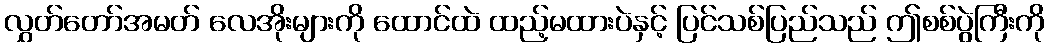
လွှတ်တော်အမတ် လေအိုးများကို ထောင်ထဲ ထည့်မထားပဲနှင့် ပြင်သစ်ပြည်သည် ဤစစ်ပွဲကြီးကို